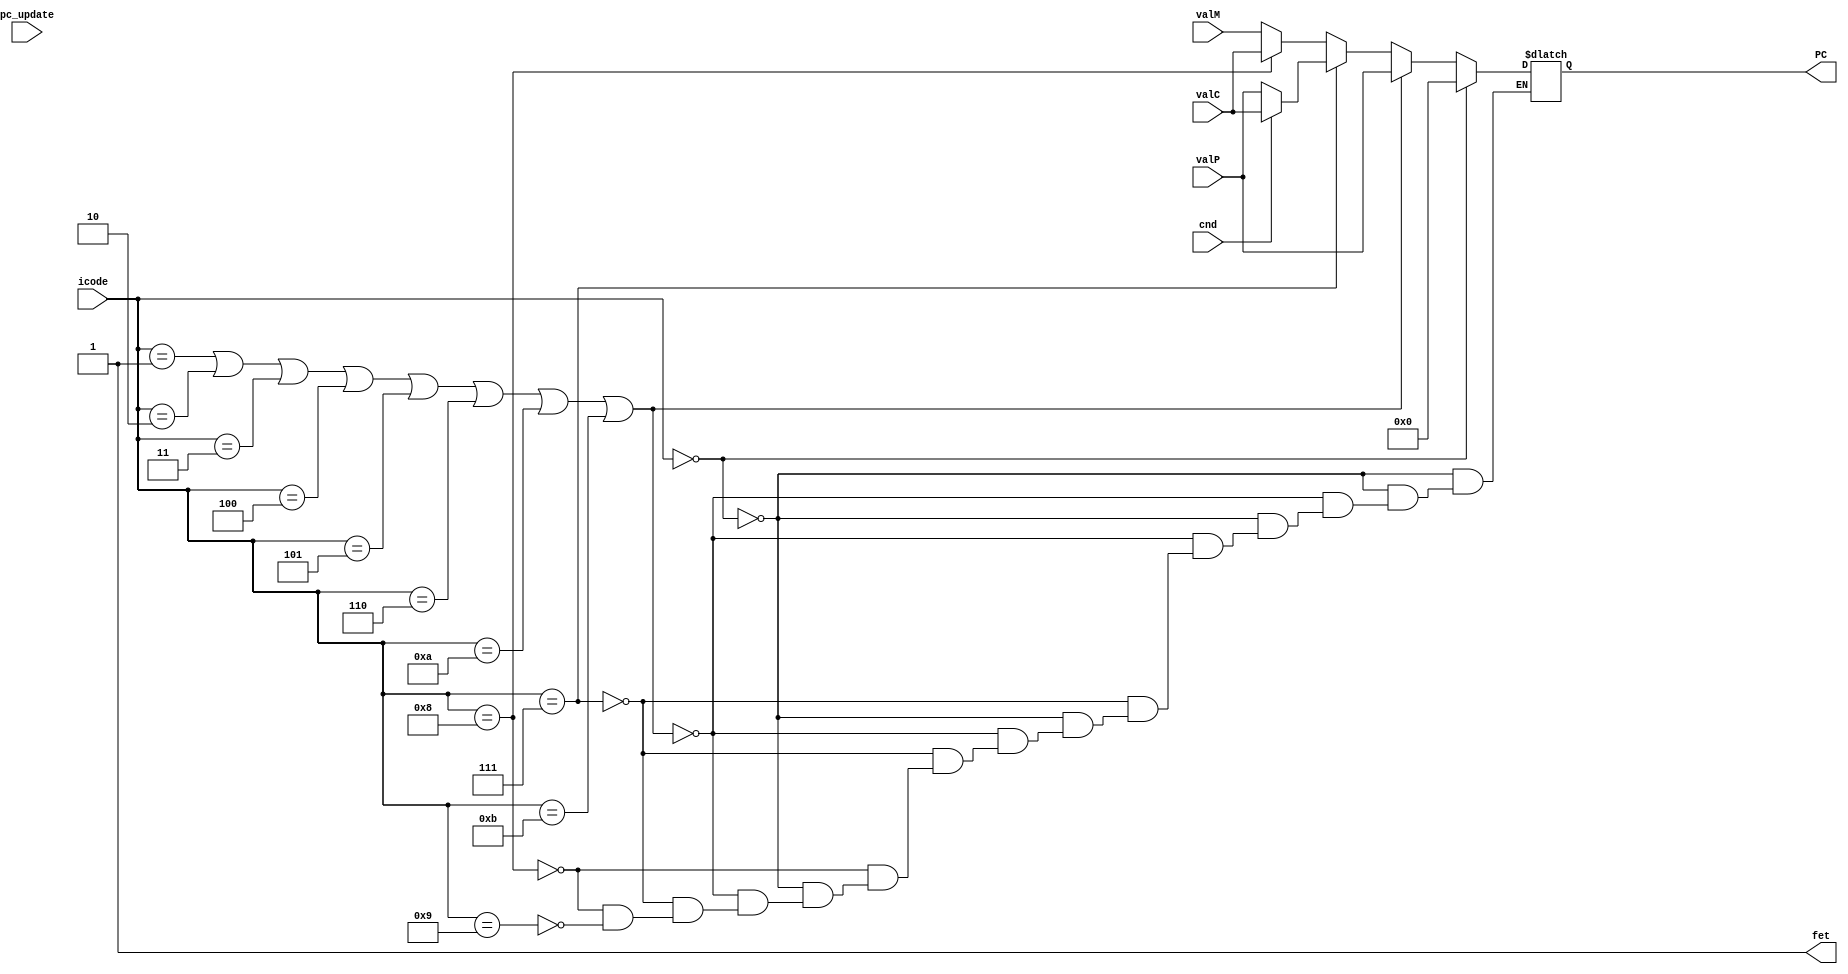
`timescale 1ns / 1ps
module PC_update(fet, PC, icode, cnd, valC, valM, valP, pc_update);

    input [3:0] icode;
    input cnd, pc_update;
    input [63:0] valC, valM, valP;
    output reg [63:0] PC;
    output reg fet;

    initial begin
        PC = 0;
        fet = 1;
    end

    always @ (pc_update)
    begin
        fet = 0;
        if(icode == 0)
            PC = 0;
        else if(icode == 1 || icode == 2 || icode == 3 || icode == 4 || icode == 5 || icode == 6 || icode == 10 || icode == 11)
            PC = valP;
        else if(icode == 7)
            PC = cnd ? valC : valP;
        else if(icode == 8)
            PC = valC;
        else if(icode == 9)
            PC = valM;
        $display("PC = %d valP = %d\n", PC/8,valP/8);
        fet = 1;
    end

endmodule